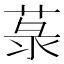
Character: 菉